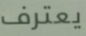
يعترف